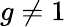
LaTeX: g\not=1